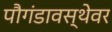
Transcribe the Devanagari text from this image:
पौगंडावस्थेवर